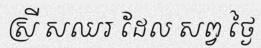
ស្រី សឈរ ដែល សព្វ ថ្ងៃ